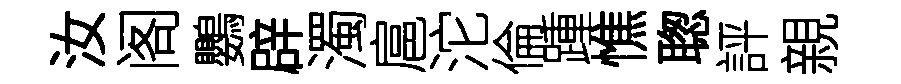
汝阁鸚辟濁扈沱倫踵憔聦評親